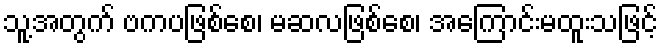
သူ့အတွက် ဗကပဖြစ်စေ၊ မဆလဖြစ်စေ၊ အကြောင်းမထူးသဖြင့်